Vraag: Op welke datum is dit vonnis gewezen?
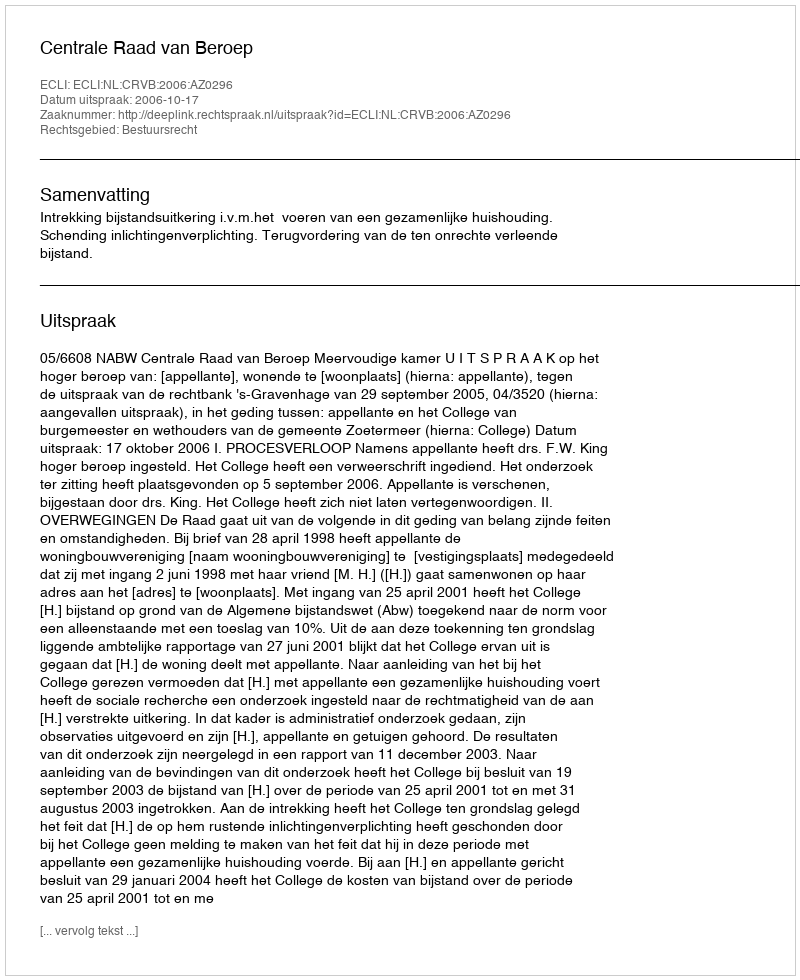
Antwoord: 2006-10-17